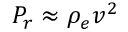
P _ { r } \approx \rho _ { e } v ^ { 2 }